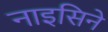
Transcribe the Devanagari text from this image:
नाइसिने